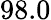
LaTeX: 98.0